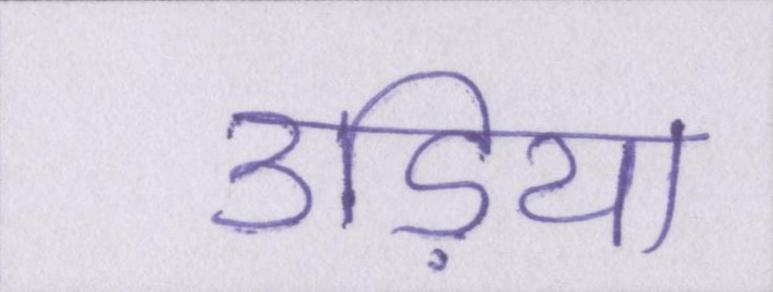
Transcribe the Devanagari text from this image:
उड़िया